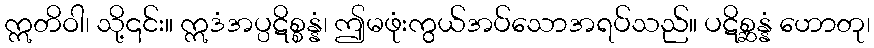
ဣတိဝါ၊ သို့၎င်း။ ဣဒံအပ္ပဋိစ္စန္နံ၊ ဤမဖုံးကွယ်အပ်သောအရပ်သည်။ ပဋိစ္ဆန္နံ ဟောတု၊